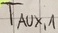
Text: TAUX,1